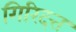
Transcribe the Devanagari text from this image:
गिरिदत्त